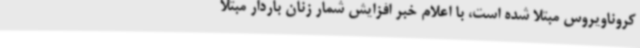
کروناویروس مبتلا شده است، با اعلام خبر افزایش شمار زنان باردار مبتلا